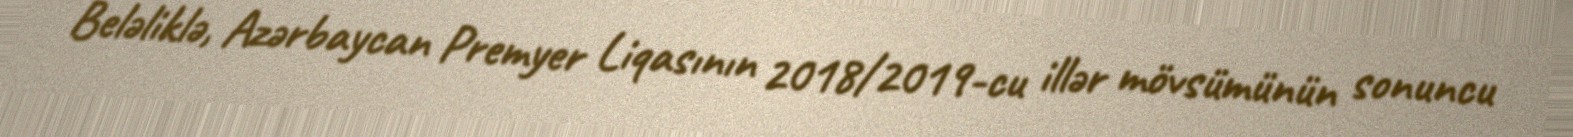
Beləliklə, Azərbaycan Premyer Liqasının 2018/2019-cu illər mövsümünün sonuncu